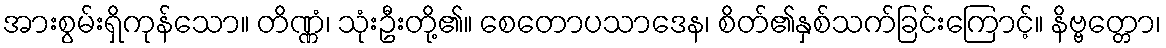
အားစွမ်းရှိကုန်သော။ တိဏ္ဏံ၊ သုံးဦးတို့၏။ စေတောပသာဒေန၊ စိတ်၏နှစ်သက်ခြင်းကြောင့်။ နိဗ္ဗတ္တော၊